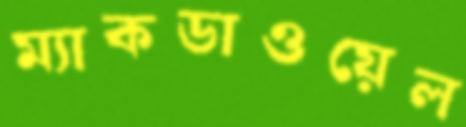
ম্যাকডাওয়েল